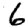
Digit: 6